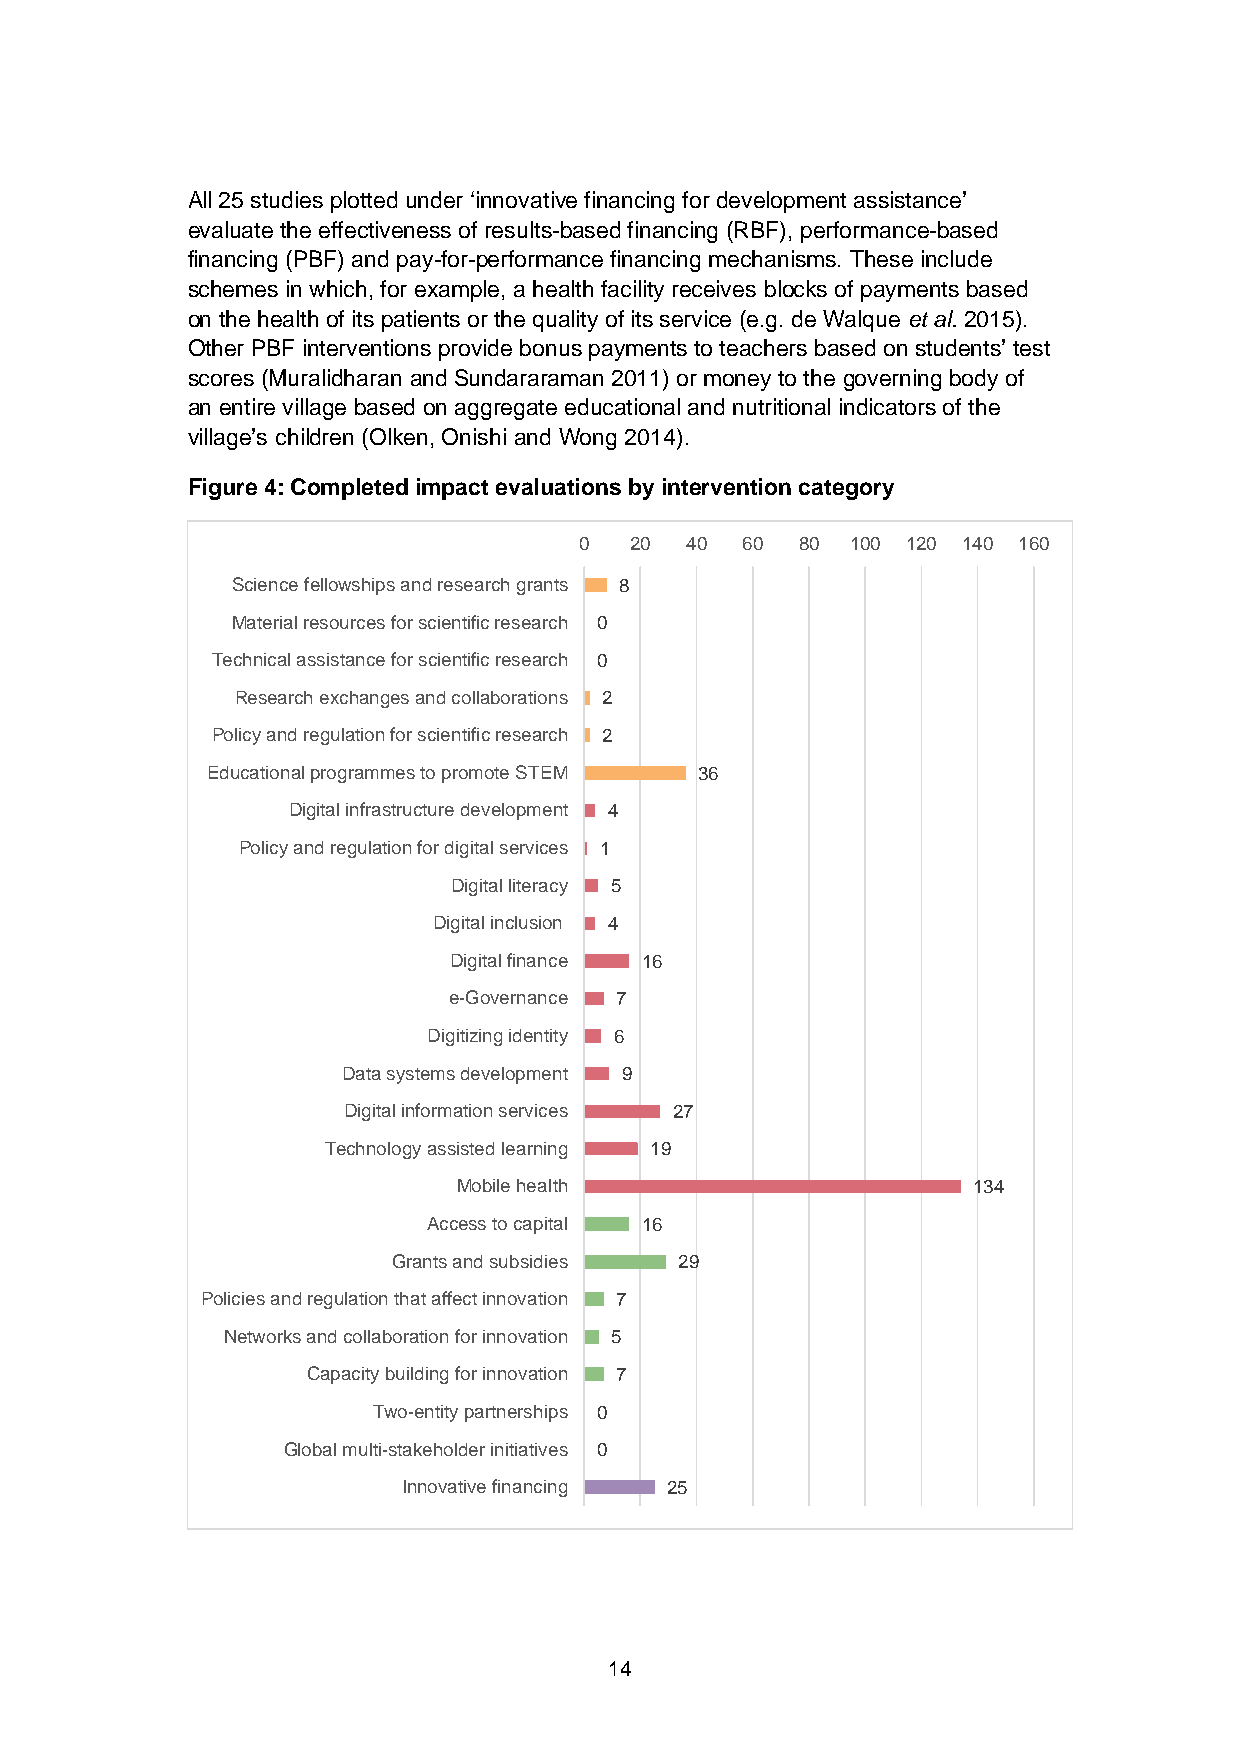
All 25 studies plotted under ‘innovative financing for development assistance’
 evaluate the effectiveness of results-based financing (RBF), performance-based
 financing (PBF) and pay-for-performance financing mechanisms. These include
 schemes in which, for example, a health facility receives blocks of payments based
 on the health of its patients or the quality of its service (e.g. de Walque et al. 2015).
 Other PBF interventions provide bonus payments to teachers based on students’ test
 scores (Muralidharan and Sundararaman 2011) or money to the governing body of
 an entire village based on aggregate educational and nutritional indicators of the
 village’s children (Olken, Onishi and Wong 2014).
 Figure 4: Completed impact evaluations by intervention category
 0   20 40  60  80 100 120 140 160
 Science fellowships and research grants 8
 Material resources for scientific research 0
 Technical assistance for scientific research 0
 Research exchanges and collaborations 2
 Policy and regulation for scientific research 2
 Educational programmes to promote STEM 36
 Digital infrastructure development 4
 Policy and regulation for digital services 1
 Digital literacy 5
 Digital inclusion 4
 Digital finance 16
 e-Governance 7
 Digitizing identity 6
 Data systems development 9
 Digital information services 27
 Technology assisted learning 19
 Mobile health                     134
 Access to capital 16
 Grants and subsidies 29
 Policies and regulation that affect innovation 7
 Networks and collaboration for innovation 5
 Capacity building for innovation 7
 Two-entity partnerships 0
 Global multi-stakeholder initiatives 0
 Innovative financing 25
 14